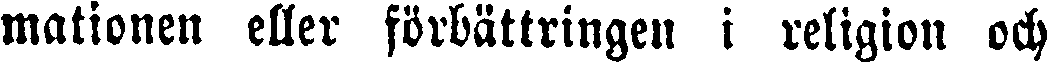
mationen eller förbättringen i religion och